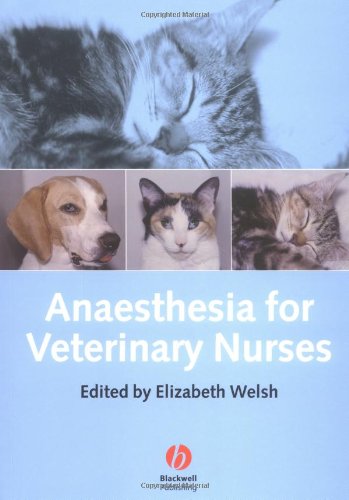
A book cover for Anaesthesia for Veterinary Nurses; Medical Books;